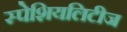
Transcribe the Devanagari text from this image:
स्पेशियलिटीज